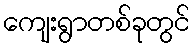
ကျေးရွာတစ်ခုတွင်